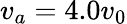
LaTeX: v_{a}=4.0v_{0}